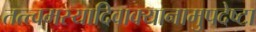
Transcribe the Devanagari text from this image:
तत्त्वमस्यादिवाक्यानामुपदेष्टा